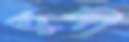
তুঙ্গী